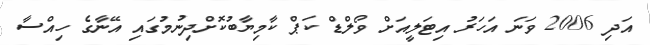
އަދި 2006 ވަނަ އަހަރު އިޓަލީއަށް ވޯލްޑް ކަޕް ކާމިޔާބުކޮށްދިނުމުގައި އޭނާގެ ހިއްސާ